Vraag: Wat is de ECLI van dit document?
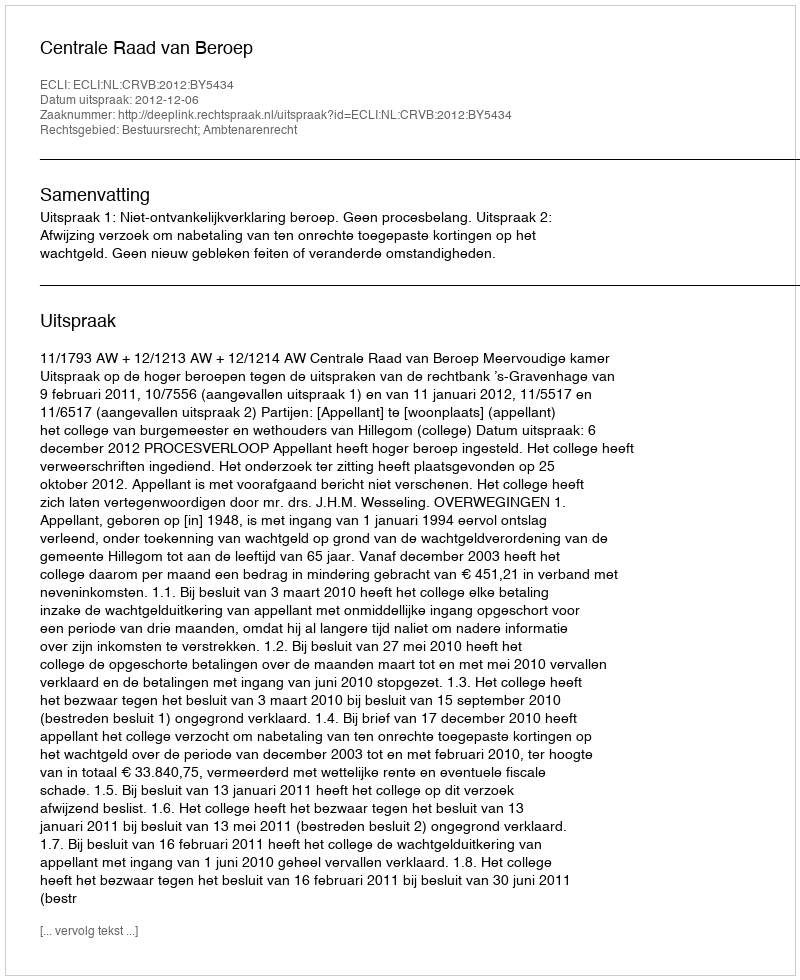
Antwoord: ECLI:NL:CRVB:2012:BY5434